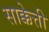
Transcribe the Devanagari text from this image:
साक्केत्ती